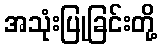
အသုံးပြုခြင်းတို့